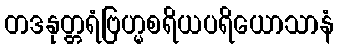
တဒနုတ္တရံဗြဟ္မစရိယပရိယောသာနံ